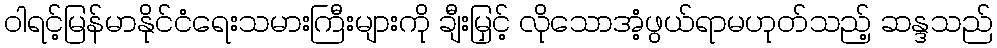
ဝါရင့်မြန်မာနိုင်ငံရေးသမားကြီးများကို ချီးမြှင့် လိုသောအံ့ဖွယ်ရာမဟုတ်သည့် ဆန္ဒသည်